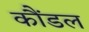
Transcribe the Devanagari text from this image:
कौंडल